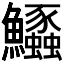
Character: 𱇊